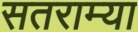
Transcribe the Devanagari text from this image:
सतराम्या